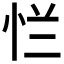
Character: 𰑐